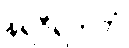
နရဝီရကတံ